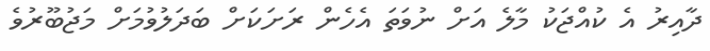
ދާއިރު އެ ކުއްޖަކު މާލެ އަށް ނުވަތަ އެހެން ރަށަކަށް ބަދަލުވުމަށް މަޖުބޫރުވެ